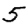
Digit: 5